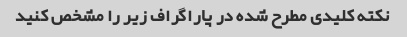
نکته کلیدی مطرح شده در پاراگراف زیر را مشخص کنید